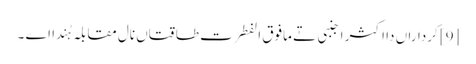
[9] کرداراں دا اکثر اجنبی تے مافوق الفطرت طاقتاں نال مقابلہ ہُندا اے ۔